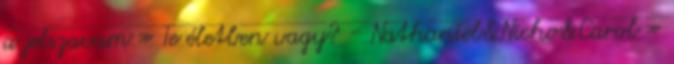
a jelszavam » Te életben vagy? - Nathaniel&Nicho&Carol »